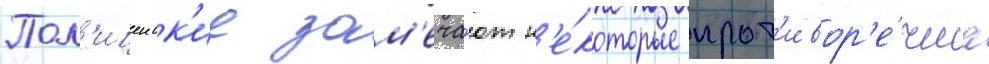
Пол'ицеиск'ие зам'еча́ют н'е́которые прот'ивор'е́чиа